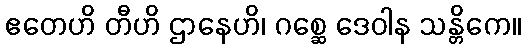
ဧတေဟိ တီဟိ ဌာနေဟိ၊ ဂစ္ဆေ ဒေဝါန သန္တိကေ။